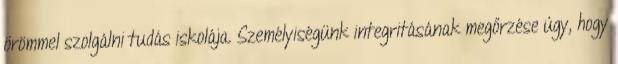
örömmel szolgálni tudás iskolája. Személyiségünk integritásának megőrzése úgy, hogy